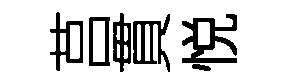
莒貫悦